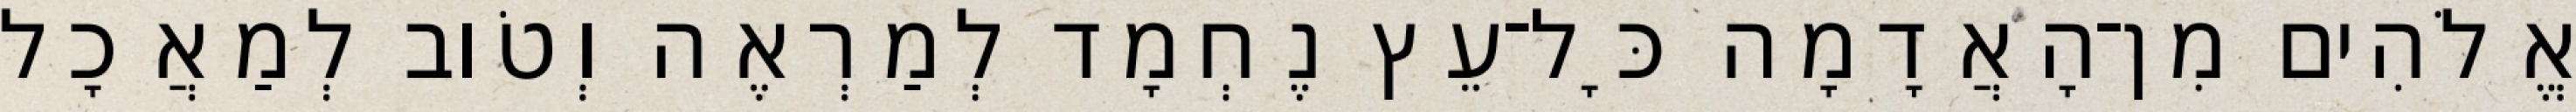
אֱלֹהִים מִן־הָאֲדָמָה כָּל־עֵץ נֶחְמָד לְמַרְאֶה וְטֹוב לְמַאֲכָל